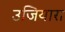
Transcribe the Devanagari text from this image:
उजियारा